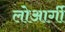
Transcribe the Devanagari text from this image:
लोआर्गी